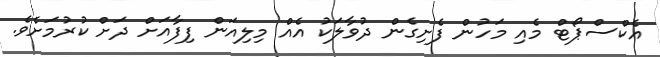
އެކްސްޕޯޓް މެއި މަހުން ފެށިގެން ދުވާލަކު އެއް މިލިއަން ފިފާއަށް ދަށް ކުރުމަށެވެ.